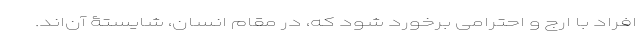
افراد با ارج و احترامی برخورد شود که، در مقام انسان، شایستۀ آن‌اند.